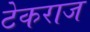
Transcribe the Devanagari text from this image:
टेकराज